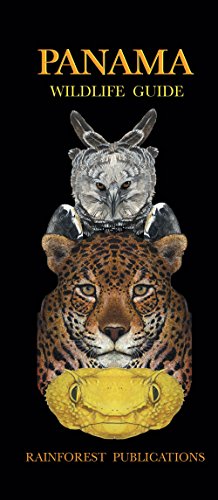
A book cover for Panama General Wildlife Guide (Laminated Foldout Pocket Field Guide) (English and Spanish Edition); Rainforest Publications; Travel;